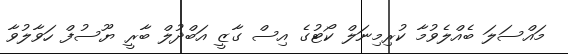
މައްސަލަ ބެއްލެވުމާ ކުރިމިނަލް ކޯޓުގެ އިސް ގާޒީ އަބްދުލް ބާރީ ޔޫސުފް ހަވާލުވާ